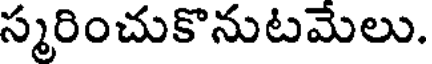
స్మరించుకొనుటమేలు.